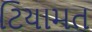
ટિયામત